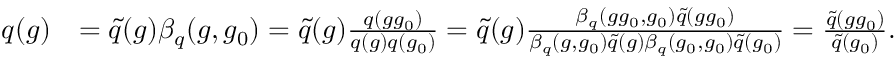
\begin{array} { r l } { q ( g ) } & { = \tilde { q } ( g ) \beta _ { q } ( g , g _ { 0 } ) = \tilde { q } ( g ) \frac { q ( g g _ { 0 } ) } { q ( g ) q ( g _ { 0 } ) } = \tilde { q } ( g ) \frac { \beta _ { q } ( g g _ { 0 } , g _ { 0 } ) \tilde { q } ( g g _ { 0 } ) } { \beta _ { q } ( g , g _ { 0 } ) \tilde { q } ( g ) \beta _ { q } ( g _ { 0 } , g _ { 0 } ) \tilde { q } ( g _ { 0 } ) } = \frac { \tilde { q } ( g g _ { 0 } ) } { \tilde { q } ( g _ { 0 } ) } . } \end{array}